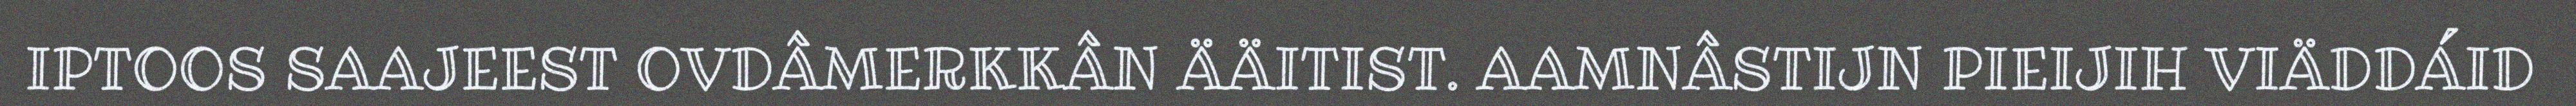
IPTOOS SAAJEEST OVDÂMERKKÂN ÄÄITIST. AAMNÂSTIJN PIEIJIH VIÄDDÁID